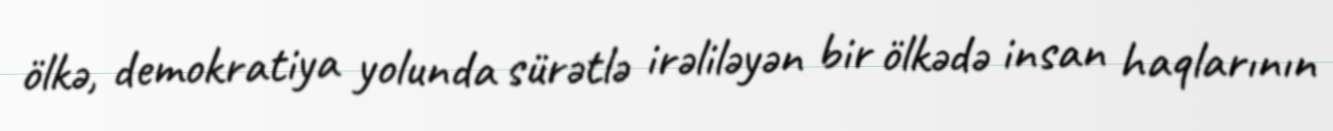
ölkə, demokratiya yolunda sürətlə irəliləyən bir ölkədə insan haqlarının